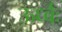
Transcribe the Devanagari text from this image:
ऊर्ध्वः